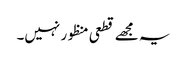
یہ مجھے قطعی منظور نہیں۔